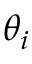
\theta _ { i }